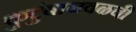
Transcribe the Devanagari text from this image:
कुटुंबाजवळची